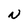
Character: N